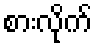
စားလိုက်